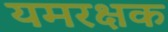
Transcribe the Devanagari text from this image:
यमरक्षक